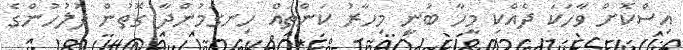
އިސްކޮށް ވާހަކަ ދެއްކި މީހާ ބުނީ މިހާރު ކަންތައް ހިނގަމުންދާ ގޮތުން ފުލުހުންގެ